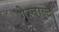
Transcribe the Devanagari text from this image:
गेस्ताल्ट